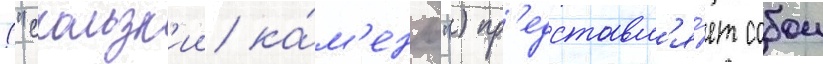
("скользк'ии ка́м'ень") пр'едставл'я́ет собои